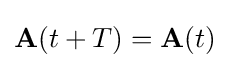
\mathbf {A} (t+T)=\mathbf {A} (t)